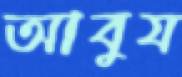
আবুয